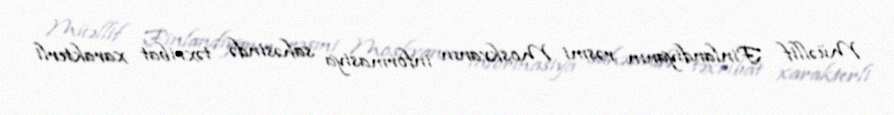
Müəllif Finlandiyanın rəsmi Moskvanın informasiya sahəsində təxribat xarakterli